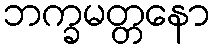
ဘက္ခမတ္တနော